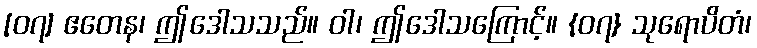
[၀၇] ဧတေန၊ ဤဒေါသသည်။ ဝါ၊ ဤဒေါသကြောင့်။ {၀၇} သုရောပိတံ၊